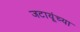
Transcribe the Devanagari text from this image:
जटायूंच्या